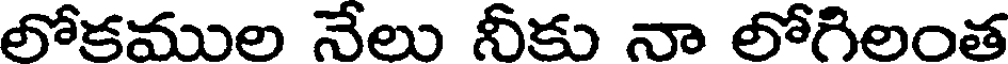
లోకముల నేలు నీకు నా లోగిలంత